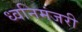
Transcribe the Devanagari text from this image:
ध्वनिमंजरी